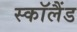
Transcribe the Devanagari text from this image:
स्काॅलैंड